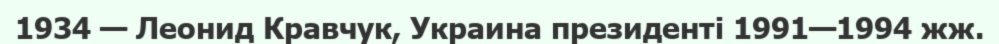
1934 — Леонид Кравчук, Украина президенті 1991—1994 жж.